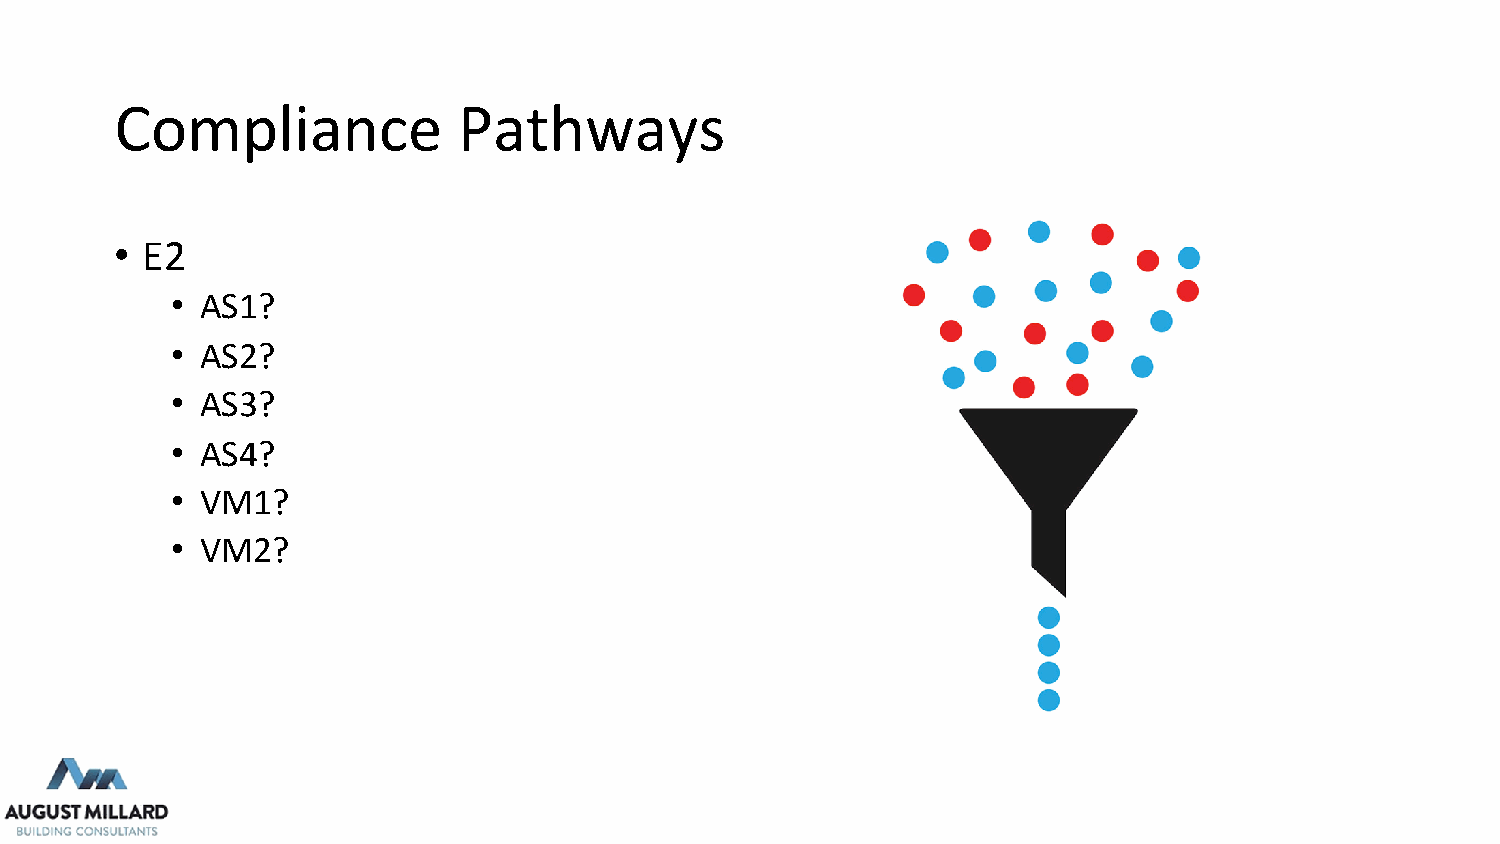
Compliance            Pathways
 • E2
 • AS1?
 • AS2?
 • AS3?
 • AS4?
 • VM1?
 • VM2?